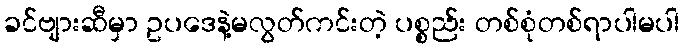
ခင်ဗျားဆီမှာ ဥပဒေနဲ့မလွတ်ကင်းတဲ့ ပစ္စည်း တစ်စုံတစ်ရာပါမပါ